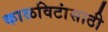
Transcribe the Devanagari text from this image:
काळविटांसाठी